Indian journal of veterinary science and animal husbandry - Volume 11,
Year: 1941
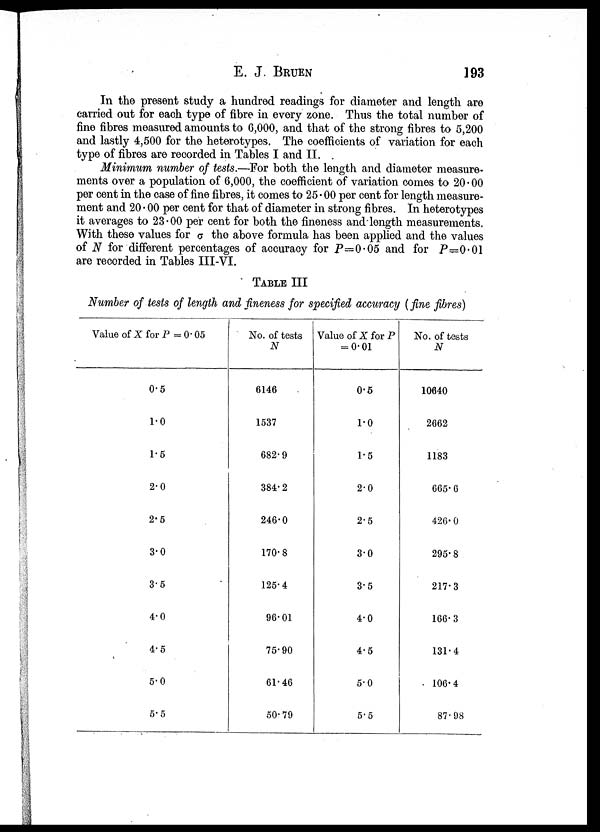
E. J. BRUEN 193
In the present study a hundred readings for diameter and length are
carried out for each type of fibre in every zone. Thus the total number of
fine fibres measured amounts to 6,000, and that of the strong fibres to 5,200
and lastly 4,500 for the heterotypes. The coefficients of variation for each
type of fibres are recorded in Tables I and II.
Minimum number of tests.—For both the length and diameter measure
ments over a population of 6,000, the coefficient of variation comes to 20.00
per cent in the case of fine fibres, it comes to 25.00 per cent for length measure
ment and 20.00 per cent for that of diameter in strong fibres. In heterotypes
it averages to 23.00 per cent for both the fineness and length measurements.
With these values for σ the above formula has been applied and the values
of N for different percentages of accuracy for P=0.05 and for P=0.01
are recorded in Tables III-VI.
TABLE III
Number of tests of length and fineness for specified accuracy (fine fibres)
Value of X for P =0.05
0.5
1.0
1.5
2.0
2.5
3.0
3.5
4.0
4.5
5.0
5.5
No. of tests
N
6146
1537
682.9
384.2
246.0
170.8
125.4
96.01
75.90
61.46
50.79
Value of X for P
= 0.01
0.5
1.0
1.5
2.0
2.5
3.0
3.5
4.0
4.5
5.0
5.5
No. of tests
N
10640
2662
1183
665.6
426. 0
295.8
217.3
166.3
131.4
106.4
87.98